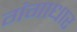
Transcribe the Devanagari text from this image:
गंगाधार